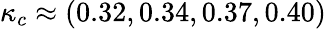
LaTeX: \kappa_{c}\approx(0.32,0.34,0.37,0.40)